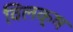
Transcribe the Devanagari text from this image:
विलक्ष